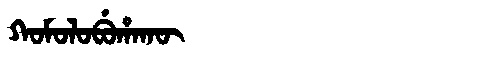
Manchu: ᡴᠣᠮᠣᠯᠣᠪᡠᡥᠠᡴᡡ
Romanization: KOMOLOBUHAKŪ